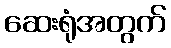
ဆေးရုံအတွက်